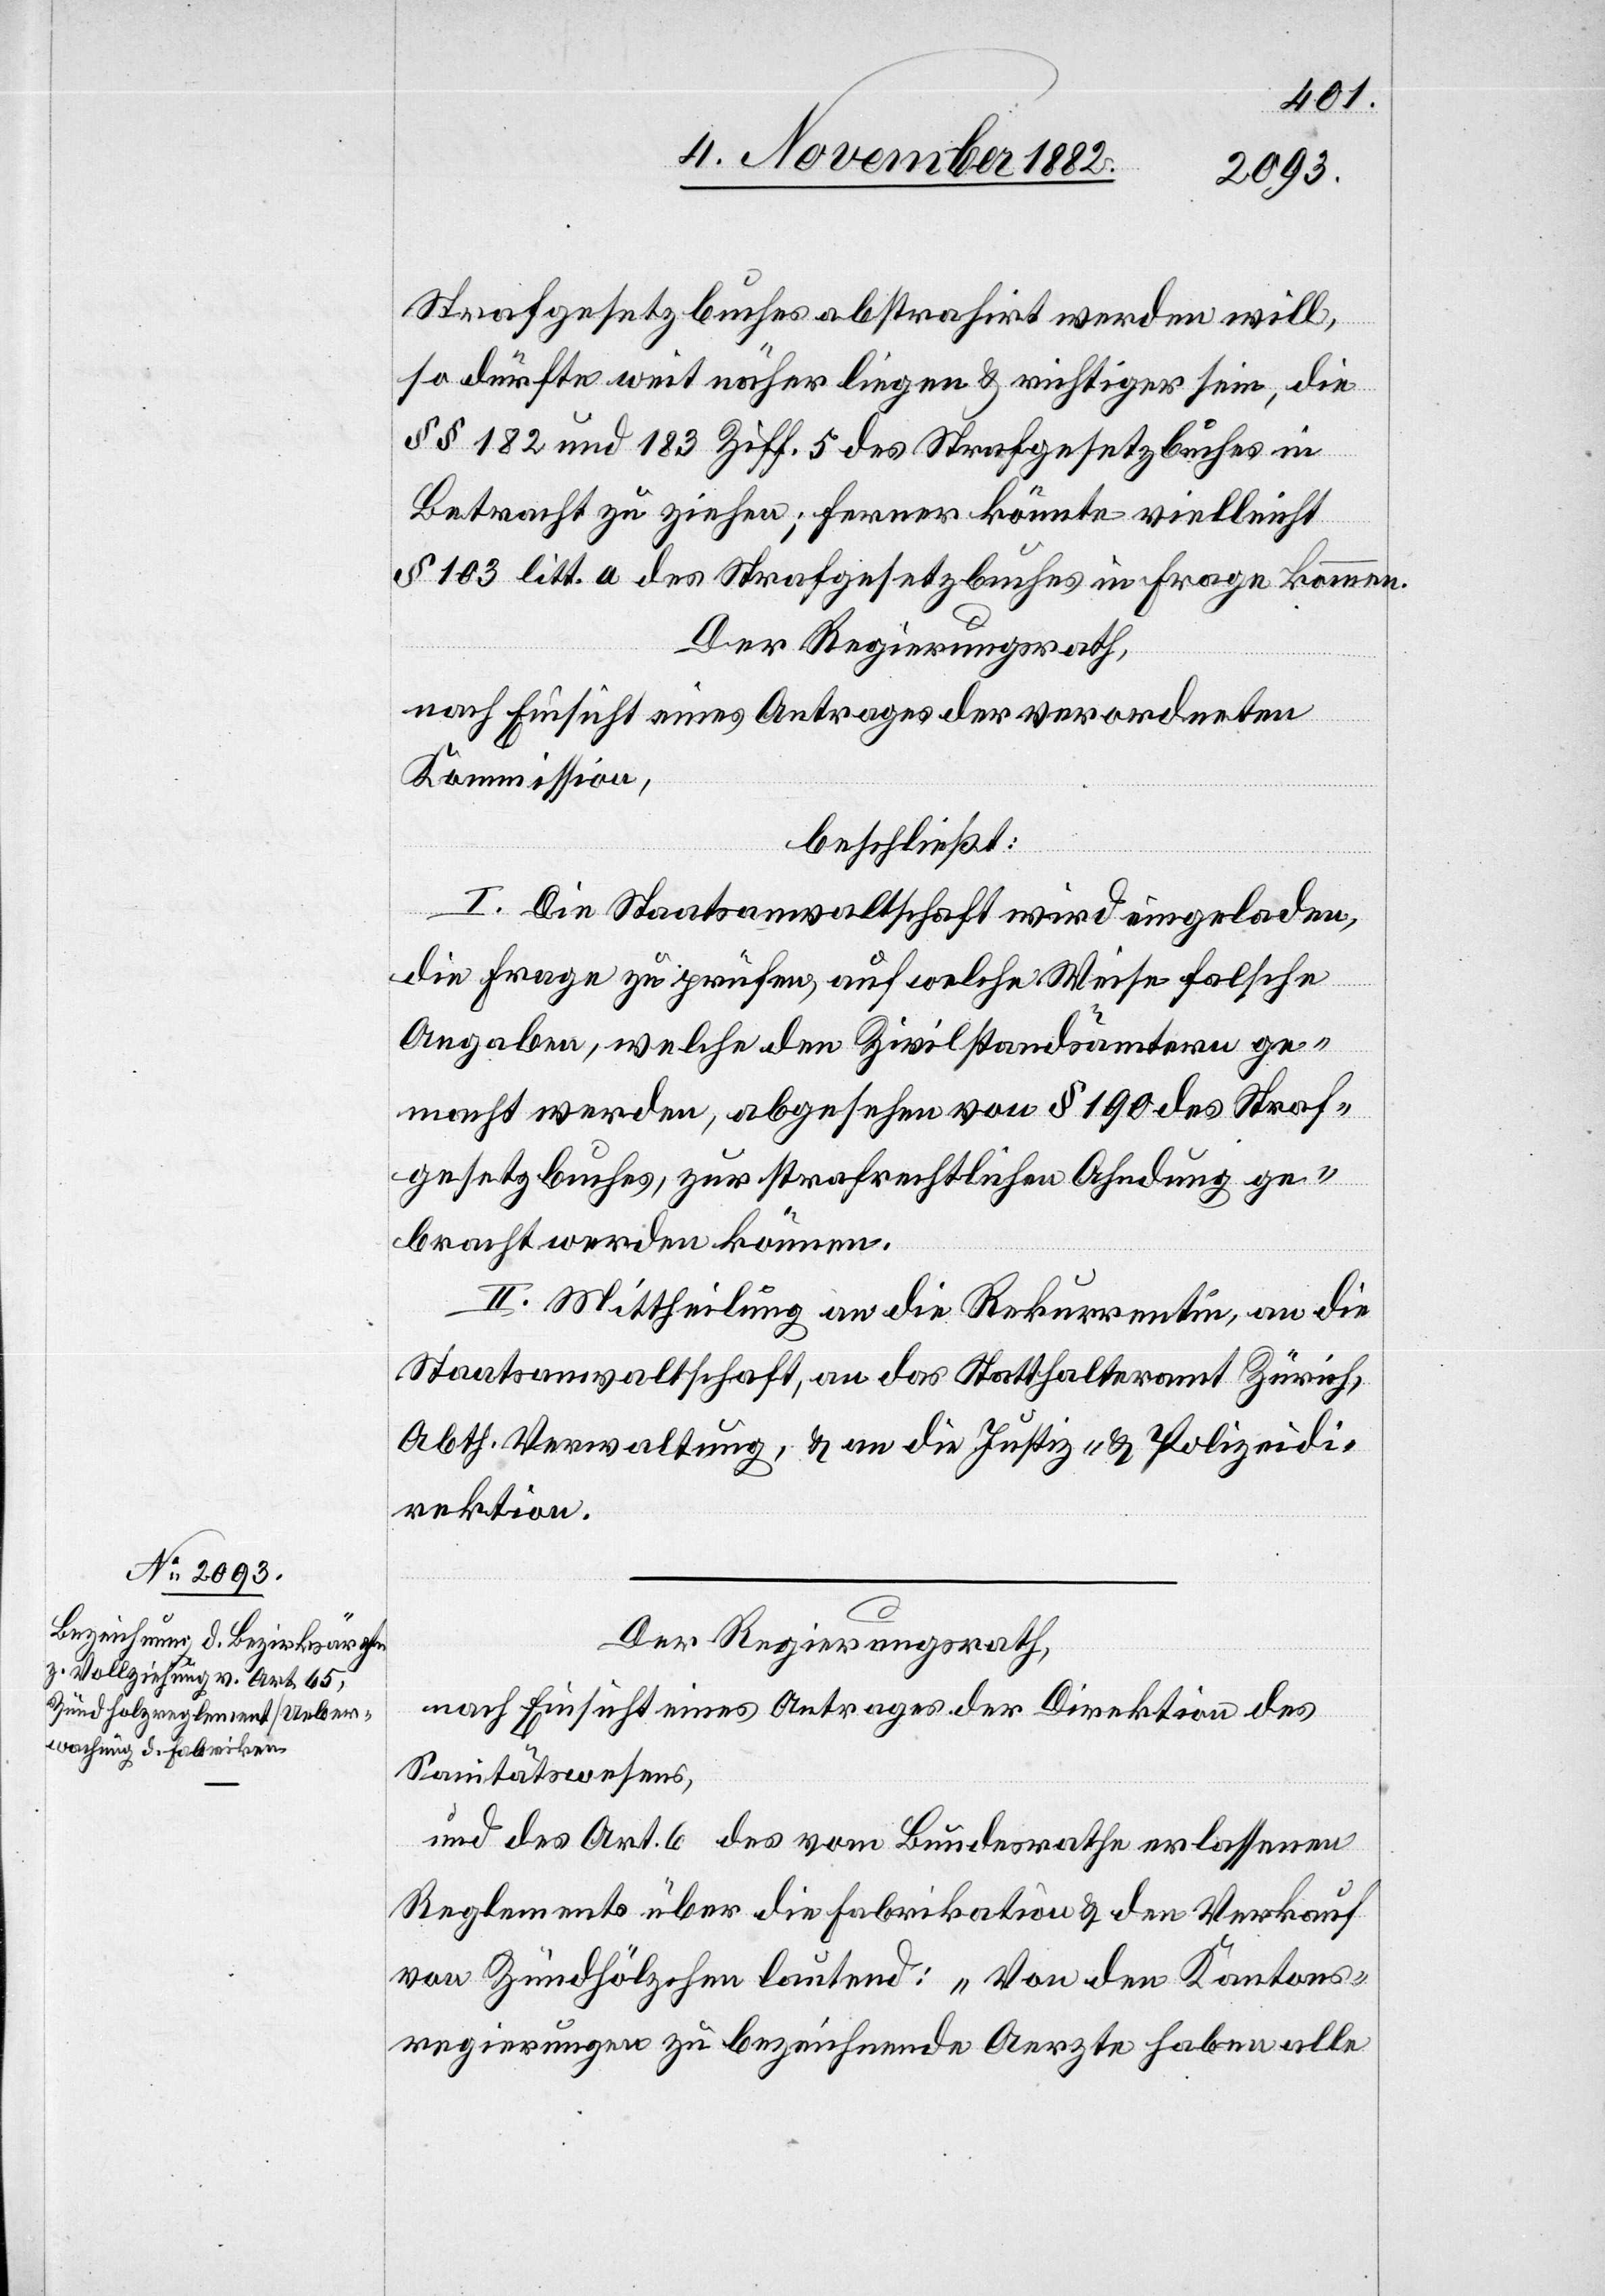
Strafgesetzbuches abstrahirt werden will,
so dürfte weit näher liegen & richtiger sein, die
§§ 182 und 183 Ziff. 5 des Strafgesetzbuches in
Betracht zu ziehen; ferner könnte vielleicht
§ 103 litt. a des Strafgesetzbuches in Frage kommen.
Der Regierungsrath,
nach Einsicht eines Antrages der verordneten
Kommission,
beschließt:
I. Die Staatsanwaltschaft wird eingeladen,
die Frage zu prüfen, auf welche Weise falsche
Angaben, welche den Zivilstandsämtern ge¬
macht werden, abgesehen von § 190 des Straf¬
gesetzbuches, zur strafrechtlichen Ahndung ge¬
bracht werden können.
II. Mittheilung an die Rekurrentin, an die
Staatsanwaltschaft, an das Statthalteramt Zürich,
Abth. Verwaltung, & an die Justiz- & Polizeidi¬
rektion.
Der Regierungsrath,
nach Einsicht eines Antrages der Direktion des
Sanitätswesens,
und des Art. 6 des vom Bundesrathe erlassenen
Reglements über die Fabrikation & den Verkauf
von Zündhölzchen lautend: „Von den Kantons¬
regierungen zu bezeichnende Aerzte haben alle